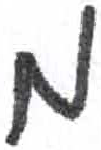
אות: מ